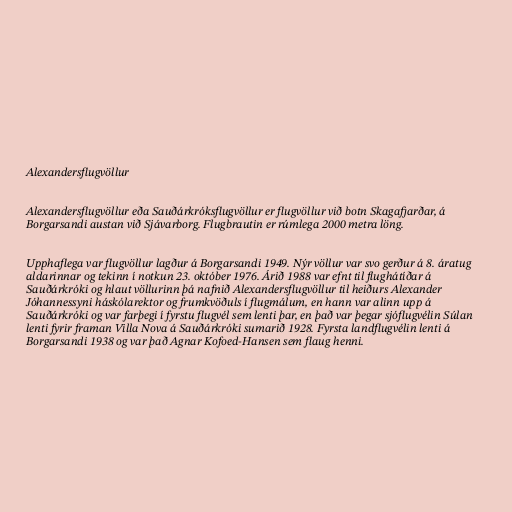
Alexandersflugvöllur

Alexandersflugvöllur eða Sauðárkróksflugvöllur er flugvöllur við botn Skagafjarðar, á
Borgarsandi austan við Sjávarborg. Flugbrautin er rúmlega 2000 metra löng.

Upphaflega var flugvöllur lagður á Borgarsandi 1949. Nýr völlur var svo gerður á 8. áratug
aldarinnar og tekinn í notkun 23. október 1976. Árið 1988 var efnt til flughátíðar á
Sauðárkróki og hlaut völlurinn þá nafnið Alexandersflugvöllur til heiðurs Alexander
Jóhannessyni háskólarektor og frumkvöðuls í flugmálum, en hann var alinn upp á
Sauðárkróki og var farþegi í fyrstu flugvél sem lenti þar, en það var þegar sjóflugvélin Súlan
lenti fyrir framan Villa Nova á Sauðárkróki sumarið 1928. Fyrsta landflugvélin lenti á
Borgarsandi 1938 og var það Agnar Kofoed-Hansen sem flaug henni.